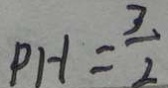
P H = \frac { 3 } { 2 }